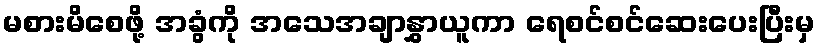
မစားမိစေဖို့ အခွံကို အသေအချာနွှာယူကာ ရေစင်စင်ဆေးပေးပြီးမှ